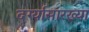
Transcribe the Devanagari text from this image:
दर्ग्यासारख्या